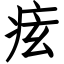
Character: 痃